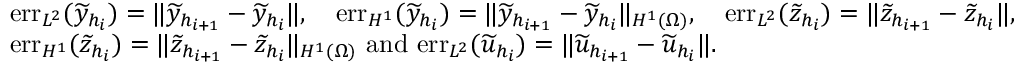
\begin{array} { r l } & { \mathrm { e r r } _ { L ^ { 2 } } ( \widetilde { y } _ { h _ { i } } ) = \| \widetilde { y } _ { h _ { i + 1 } } - \widetilde { y } _ { h _ { i } } \| , \quad \mathrm { e r r } _ { H ^ { 1 } } ( \widetilde { y } _ { h _ { i } } ) = \| \widetilde { y } _ { h _ { i + 1 } } - \widetilde { y } _ { h _ { i } } \| _ { H ^ { 1 } ( \Omega ) } , \quad \mathrm { e r r } _ { L ^ { 2 } } ( \widetilde { z } _ { h _ { i } } ) = \| \widetilde { z } _ { h _ { i + 1 } } - \widetilde { z } _ { h _ { i } } \| , } \\ & { \mathrm { e r r } _ { H ^ { 1 } } ( \widetilde { z } _ { h _ { i } } ) = \| \widetilde { z } _ { h _ { i + 1 } } - \widetilde { z } _ { h _ { i } } \| _ { H ^ { 1 } ( \Omega ) } \mathrm { ~ a n d ~ } \mathrm { e r r } _ { L ^ { 2 } } ( \widetilde { u } _ { h _ { i } } ) = \| \widetilde { u } _ { h _ { i + 1 } } - \widetilde { u } _ { h _ { i } } \| . } \end{array}